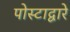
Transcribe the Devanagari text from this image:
पोस्टाद्वारे